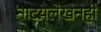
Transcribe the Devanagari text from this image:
नाटय़लेखनही